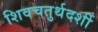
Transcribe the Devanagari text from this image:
शिवचतुर्थदर्शी